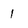
Character: 1